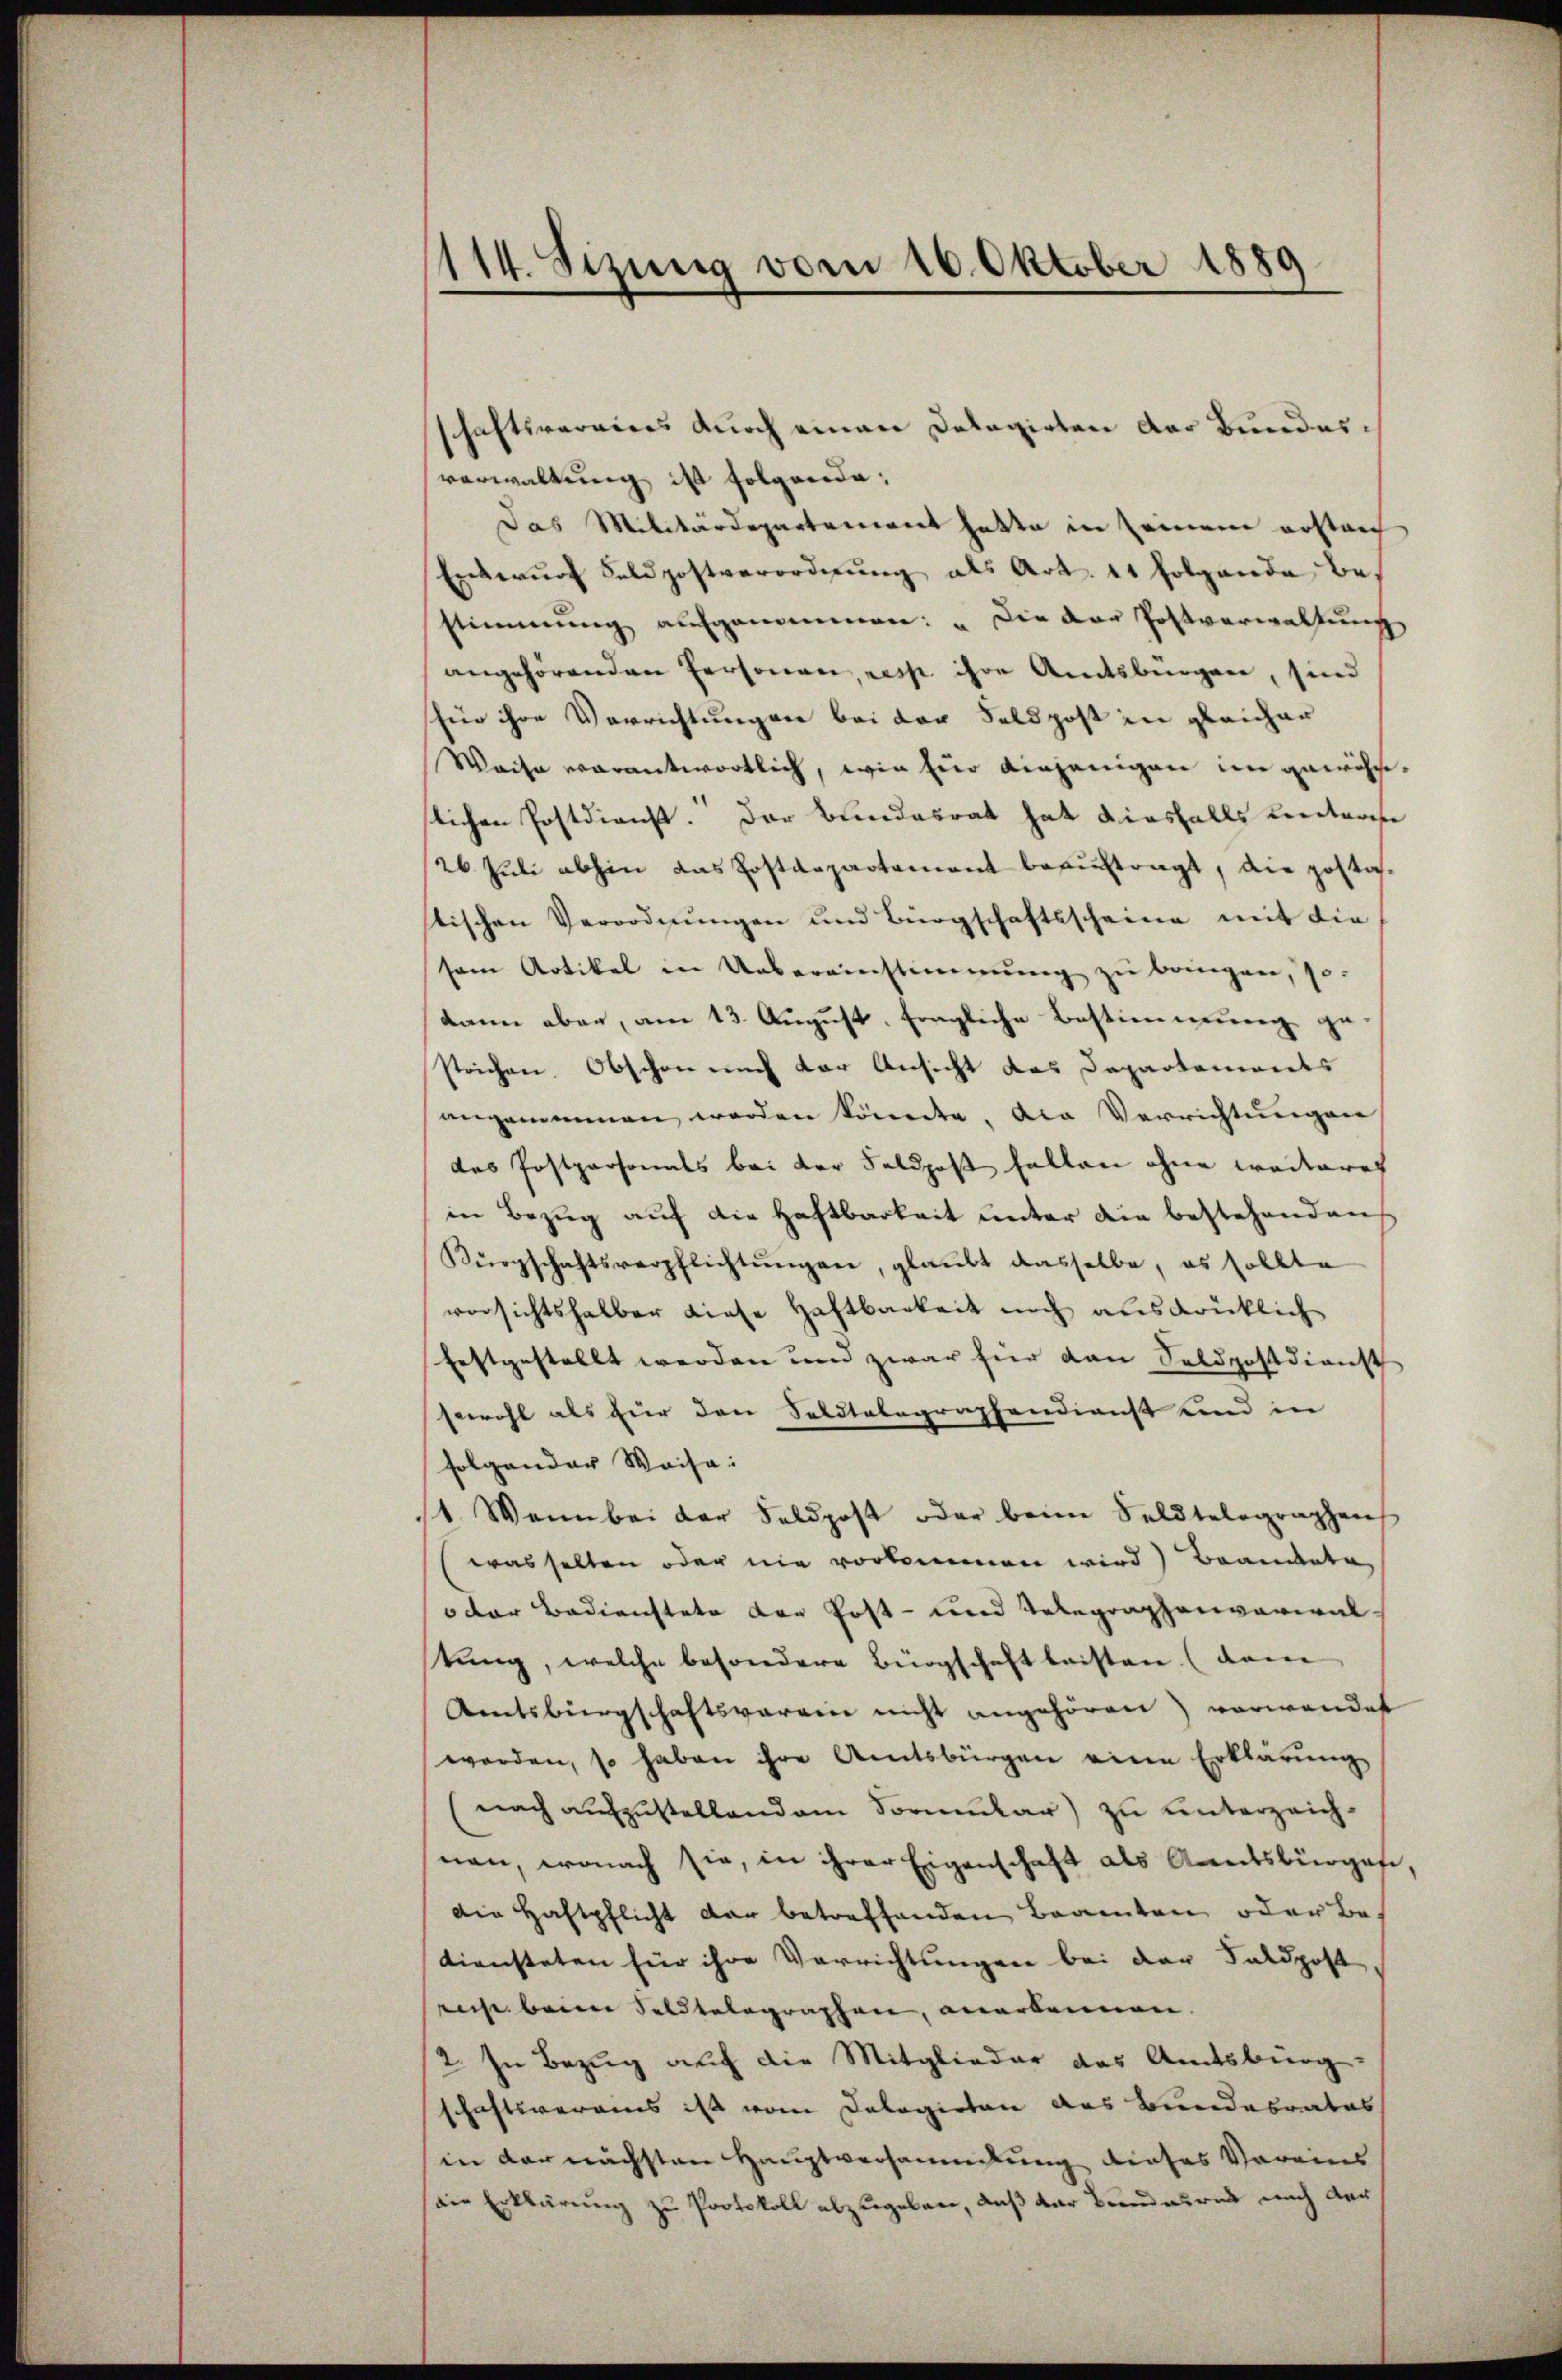
114. Sizung vom 16. Oktober 1889
d

schaftsveraires durch einen Dolagirten der Bundesverwaltung ist folgende:
Das Militärdepartement hatte in seinem erstaf
Exterung Feldpostverordnung als Art. 11 folgende bestimmung aufgenommen: „Die der Postverwaltung
angehörenden Personen, ress ihre Amtsburgen, sind
für ihre Verrichtungen bei der Feldpost in gleicher
Waise verantwortlich, wie für diejenigen im gewöhnslichen Postdienst. Der Bundesrat hat diesfalls Lentarise
26. Juli abhin das Postdepartement beauftragt, die postos-
tischen Verordnŭngen und Bürgschaftsscheine mit die
sem Artikel in Uebereinstimmung zŭ bringen, so-
kann aber, am 13. August, fragliche Bestimmung ge
strichen. Obschon nach der Ansicht das Departements
angenommen werden könnte. Die Verrichtungen
das Postpersonals bei der Feldpost fallen ohne weiteres
in Bezŭg aŭf die Haftbarkeit unter die bestehenden
Bürgschaftsverpflichtŭngen, glaubt dasselbe, es sollte
vorsichtshalber diese Haftbarkeit noch ausdrücklich
festgestellt werden und zwar für dann Soldpostdienst
sowohl als für den Soldtelegraphendienst und in
folgender Waise:
1. Wenn bei der Feldpost oder beim Seldtelegraphen
wasselten oder nie vorkommen wird) Brandate
oder Bedienstete der Post- und Telegraphenverwal-
tung, welche besondere Bürgschaft leisten (dem
Kentsbürgschaftsverein nicht angehören) vorwandet
worden, so haben ihre Amtsbürgen eine Erklärung
(nach aufzustellendem Vormular) zu unterzeichnen, wonach sie, in ihrer Eigenschaft als Amtsbürgafe,
Die Haftpflicht dar betreffenden Beamten oder Bediensteten für ihre Verrichtungen bei der Feldpost
resse beim Soldtelegraphen, anerkennen.
2. In Bezug auf die Mitglieder das Amtsbürg
schaftsverains ist vom Dologieten das Bundesrates
in der nächsten Hauptversammlung dieses Vereins
sein Erklärung zu Protokoll abzugeben, daß der Brandauernd nach der